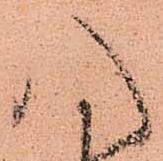
八